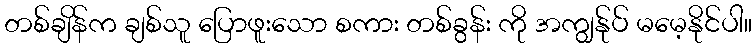
တစ်ချိန်က ချစ်သူ ပြောဖူးသော စကား တစ်ခွန်း ကို အကျွန်ုပ် မမေ့နိုင်ပါ။